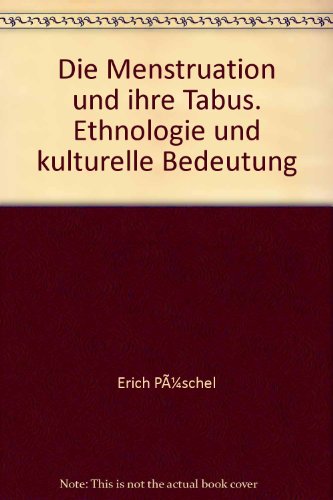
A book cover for Die Menstruation und ihre Tabus: Ethnologie und kulturelle Bedeutung : eine ethnomedizin-geschichtliche Ubersicht (German Edition); Erich Puschel; Health, Fitness & Dieting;